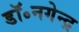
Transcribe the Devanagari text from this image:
डॉ॰नगेन्द्र